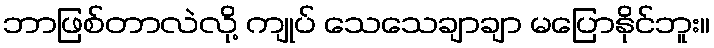
ဘာဖြစ်တာလဲလို့ ကျုပ် သေသေချာချာ မပြောနိုင်ဘူး။